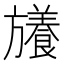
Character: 𭥉